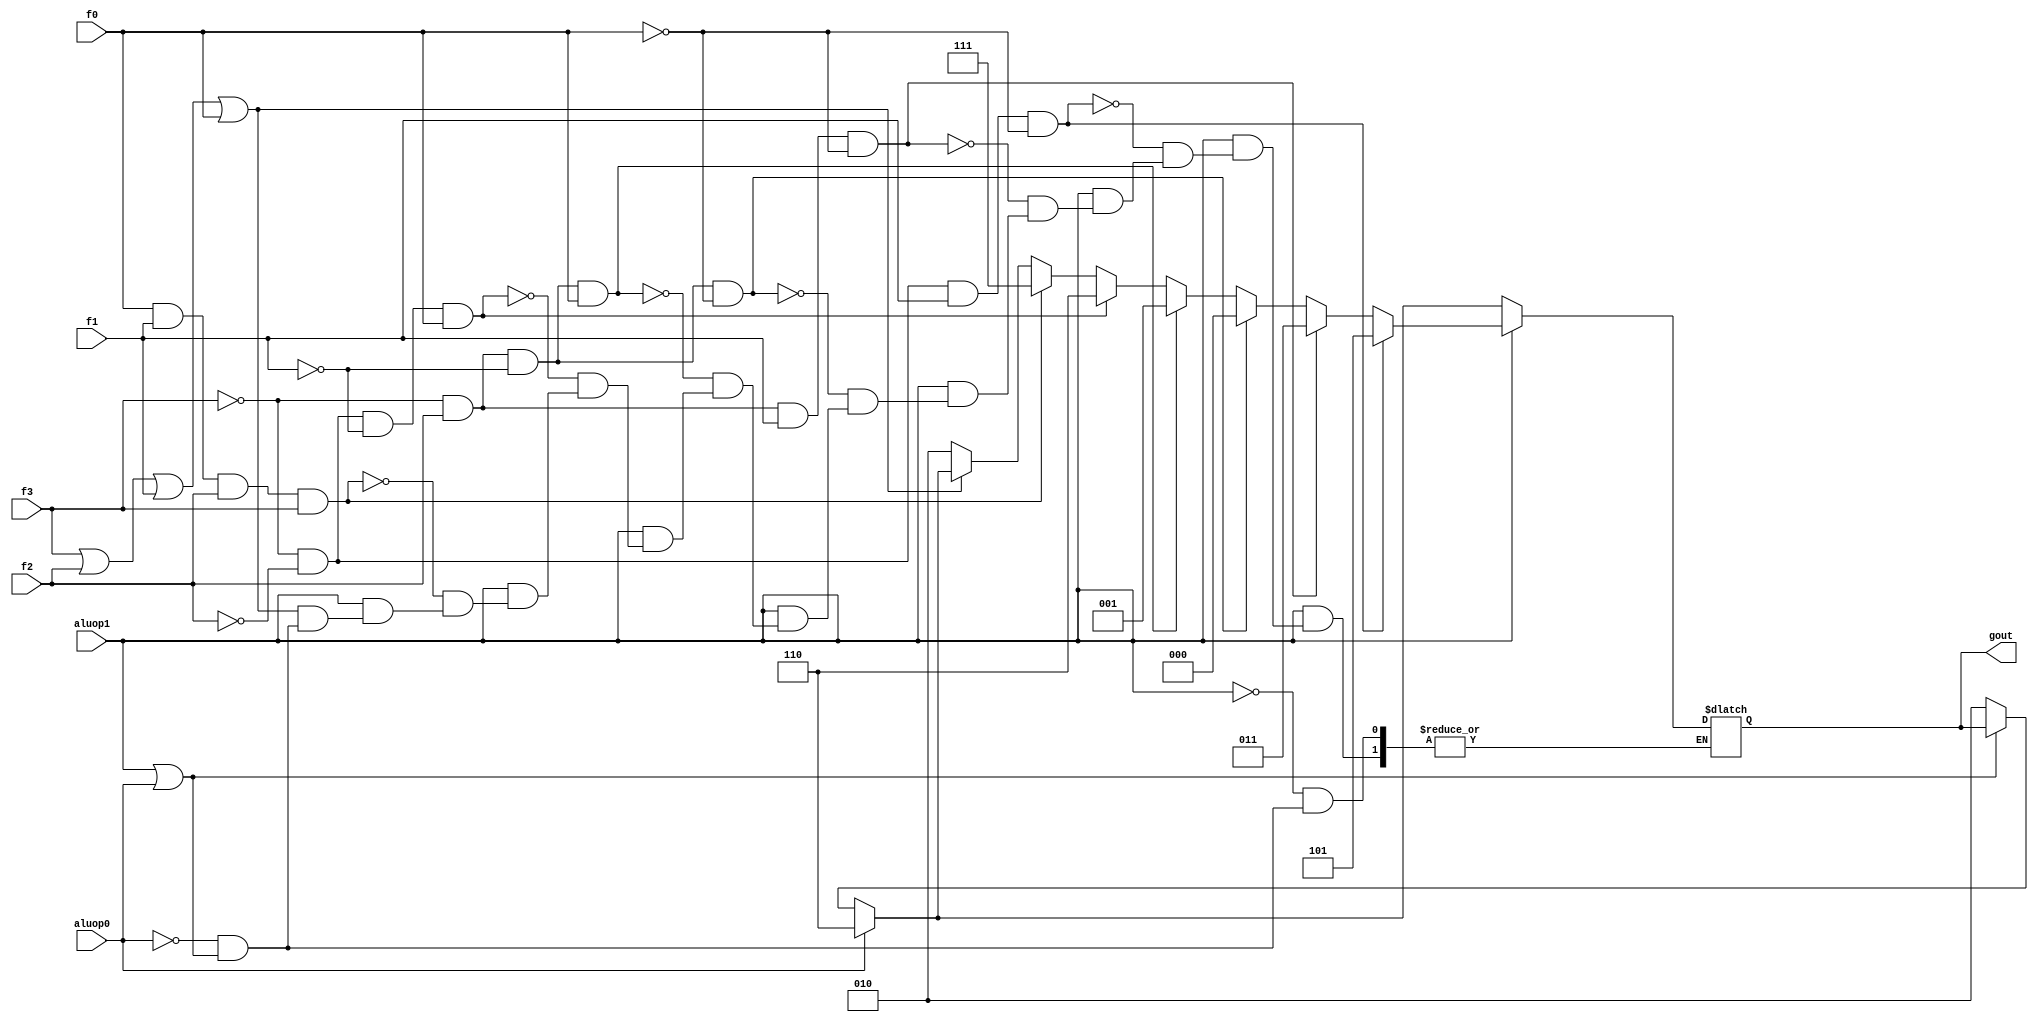
module alucont(aluop1,aluop0,f3,f2,f1,f0,gout);//Figure 4.12 
input aluop1,aluop0,f3,f2,f1,f0;
output [2:0] gout;
reg [2:0] gout;
always @(aluop1 or aluop0 or f3 or f2 or f1 or f0)
begin
if(~(aluop1|aluop0))  gout=3'b010;
if(aluop0)gout=3'b110;
if(aluop1)//R-type
begin
	if (~(f3|f2|f1|f0))gout=3'b010; 	 //function code=0000,ALU control=010 (add)
	if (f0&f1&f2&f3)gout=3'b111;		 //function code=1111,ALU control=111 (set on less than)
	if (~(f3) & ~(f2) & ~(f1) & f0)gout=3'b110;	//function code=0001,ALU control=110 (sub)
	if (~(f3) & f2 & ~(f1) & f0)gout=3'b001;	 //function code=0101,ALU control=001 (or)
	if (~(f3) & (f2) & ~(f1) & ~(f0))gout=3'b000;	//function code=0100,ALU control=000 (and)
	if (~(f3) & f2 & f1 & ~(f0))gout=3'b011; //function code=0110,ALU control=011 (balrv) //EXTRA	
	if (~(f3) & ~(f2) & f1 & ~(f0)) gout=3'b101;  //function code=0010,ALU control=101 (jmxor) //EXTRA	
end
end
endmodule